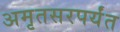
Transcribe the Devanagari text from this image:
अमृतसरपर्यंत